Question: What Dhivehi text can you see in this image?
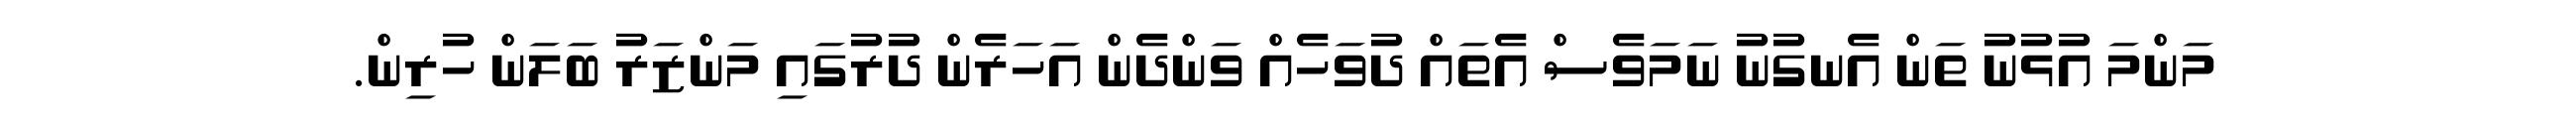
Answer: މަންމަ އުޅުނު ތަން އެނގުނު ނަމަވެސް އެތައް ދުވަހެއް ވަންދެން އަހަރެން ދުރުގައި މަންޒަރު ބަލަން ހުރިން.